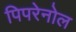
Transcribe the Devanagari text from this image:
पिपरेनोल